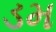
ડમ